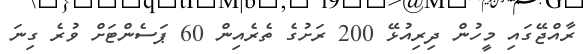
ރާއްޖޭގައި މީހުން ދިރިއުޅޭ 200 ރަށުގެ ތެރެއިން 60 ޕަސެންޓަށް ވުރެ ގިނަ